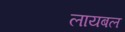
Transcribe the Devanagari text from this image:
लायबल